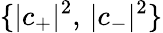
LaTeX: \{ |c_{+}|^{2},\, |c_{-}|^{2}\}